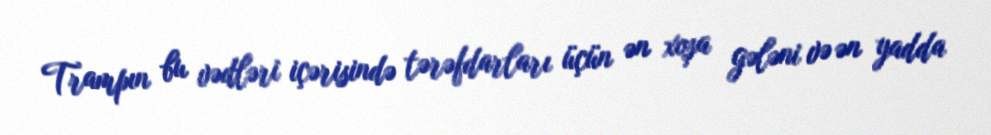
Trampın bu vədləri içərisində tərəfdarları üçün ən xoşa gələni və ən yadda